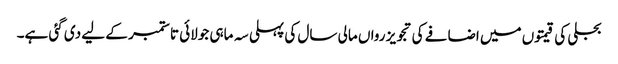
بجلی کی قیمتوں میں اضافے کی تجویز رواں مالی سال کی پہلی سہ ماہی جولائی تا ستمبر کے لیے دی گئی ہے۔